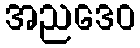
အညဒေဝ